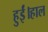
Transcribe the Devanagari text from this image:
हुईं।हाल